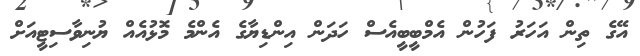
އޭގެ ތިން އަހަރު ފަހުން އެމްބީބީއެސް ހަދަން އިންޑިޔާގެ އެންމެ މޮޅުއެއް ޔުނިވާސިޓީއަށް